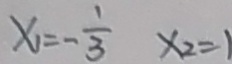
x _ { 1 } = - \frac { 1 } { 3 } x _ { 2 } = 1